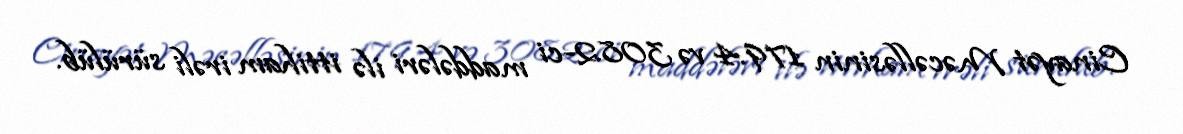
Cinayət Məcəlləsinin 179.4 və 308.2-ci maddələri ilə ittiham irəli sürülüb.